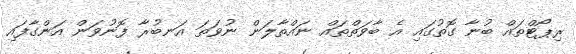
ރިޕޯޓްތައް ބުނާ ގޮތުގައި އެ ބާވަތްތައް ނައްތާލަން ނުވަތަ އަނބުރާ ފޮނުވަން އަންގާފައި